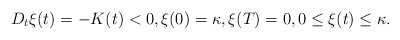
\begin{align*} D_t\xi(t)=- K(t)<0, \xi(0)=\kappa,\xi(T)=0, 0\leq \xi(t) \leq \kappa. \end{align*}